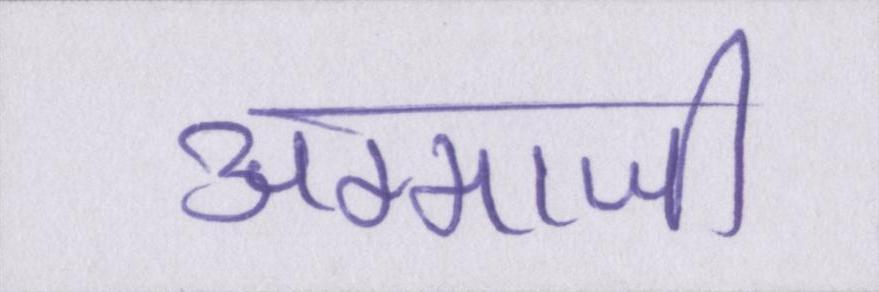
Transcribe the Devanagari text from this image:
अम्माजी